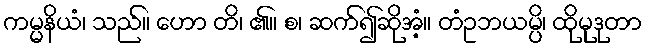
ကမ္မနိယံ၊ သည်။ ဟော တိ၊ ၏။ စ၊ ဆက်၍ဆိုအံ့။ တံဥဘယမ္ပိ၊ ထိုမုဒုတာ